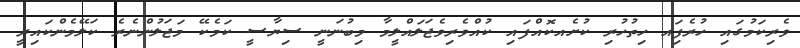
ވެރިކަމުގައި ހުރެފަިއ ހިތުހުރި ކުށެއކޮއްފައި ކުއްވެރިވެޖަލައްލީމާ މިބުނަނީ ސިޔާސީ ކަމެކޭ މަޖަލުންނެރެ ކަލޭމެންކައިރީ